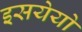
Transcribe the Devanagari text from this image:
इसयेयो